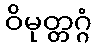
ဝိမုတ္တဂ္ဂံ